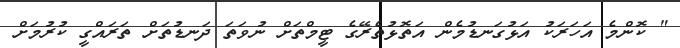
" ކޮންމެ އަހަރަކު އަޅުގަނޑުމެން އަތޮޅުތެރޭގެ ޓީމްތަށް ނުވަތަ ދަނޑުތަށް ތަރައްގީ ކުރުމަށް